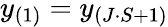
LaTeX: y_{(1)}=y_{(J\cdot S+1)}